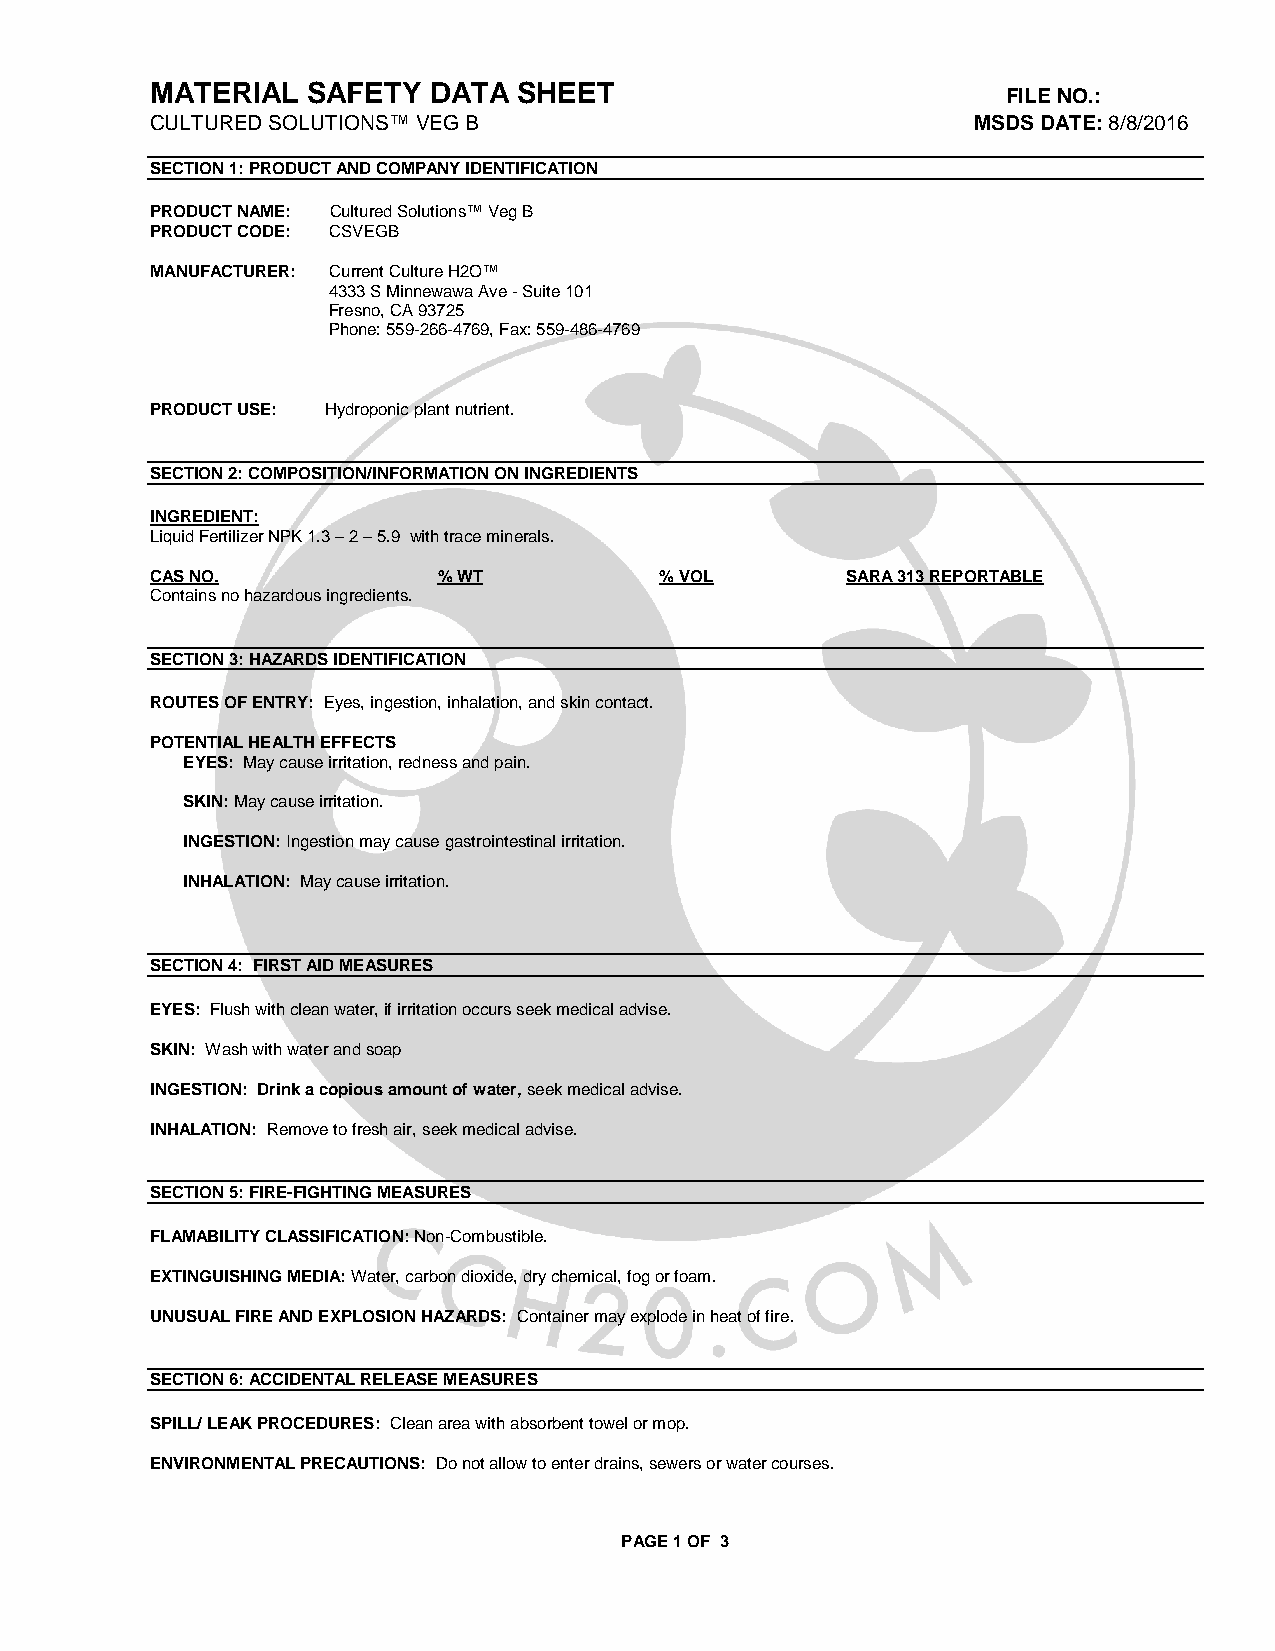
MATERIAL  SAFETY  DATA  SHEET
 FILE NO.:
 CULTURED SOLUTIONS™ VEG B                             MSDS DATE: 8/8/2016
 SECTION 1: PRODUCT AND COMPANY IDENTIFICATION
 PRODUCT NAME: Cultured Solutions™ Veg B
 PRODUCT CODE: CSVEGB
 MANUFACTURER: Current Culture H2O™
 4333 S Minnewawa Ave - Suite 101
 Fresno, CA 93725
 Phone: 559-266-4769, Fax: 559-486-4769
 PRODUCT USE: Hydroponic plant nutrient.
 SECTION 2: COMPOSITION/INFORMATION ON INGREDIENTS
 INGREDIENT:
 Liquid Fertilizer NPK 1.3 – 2 – 5.9 with trace minerals.
 CAS NO.            % WT           % VOL       SARA 313 REPORTABLE
 Contains no hazardous ingredients.
 SECTION 3: HAZARDS IDENTIFICATION
 ROUTES OF ENTRY: Eyes, ingestion, inhalation, and skin contact.
 POTENTIAL HEALTH EFFECTS
 EYES: May cause irritation, redness and pain.
 SKIN: May cause irritation.
 INGESTION: Ingestion may cause gastrointestinal irritation.
 INHALATION: May cause irritation.
 SECTION 4: FIRST AID MEASURES
 EYES: Flush with clean water, if irritation occurs seek medical advise.
 SKIN: Wash with water and soap
 INGESTION: Drink a copious amount of water, seek medical advise.
 INHALATION: Remove to fresh air, seek medical advise.
 SECTION 5: FIRE-FIGHTING MEASURES
 FLAMABILITY CLASSIFICATION: Non-Combustible.
 EXTINGUISHING MEDIA: Water, carbon dioxide, dry chemical, fog or foam.
 UNUSUAL FIRE AND EXPLOSION HAZARDS: Container may explode in heat of fire.
 SECTION 6: ACCIDENTAL RELEASE MEASURES
 SPILL/ LEAK PROCEDURES: Clean area with absorbent towel or mop.
 ENVIRONMENTAL PRECAUTIONS: Do not allow to enter drains, sewers or water courses.
 PAGE 1 OF 3